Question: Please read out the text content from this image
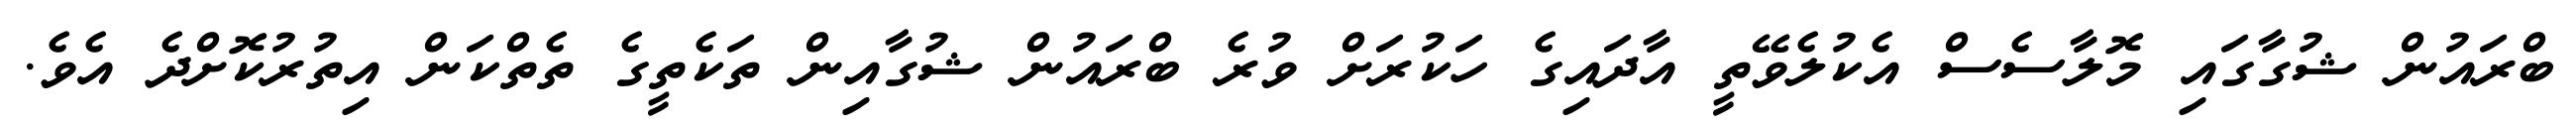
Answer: ބްރައުން ޝުގާގައި މޮލާސެސް އެކުލެވޭތީ އާދައިގެ ހަކުރަށް ވުރެ ބްރައުން ޝުގާއިން ތަކެތީގެ ތެތްކަން އިތުރުކޮށްދެ އެވެ.